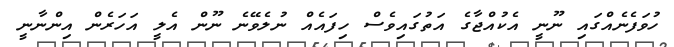
ހުވަފެނެއްގައި ނޫނީ އެކުއްޖާގެ އަތުގައިވެސް ހިފައެއް ނުލެވޭނެ ނޫން އެލީ އަހަރެން އިންނާނީ